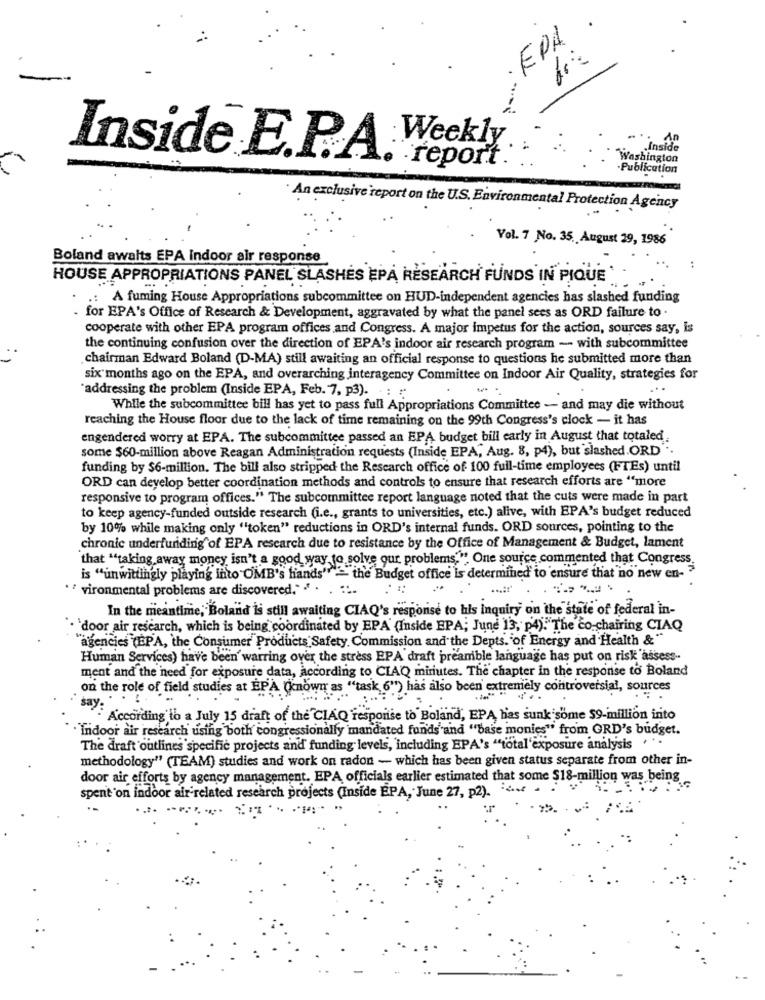
·EPA
-.-
Weekly
A
Inside EPA.
Inside
Washington
. report:
Publication
An exclusive report on the U.S. Environmental Protection Agency
Vol. 7 No. 35. August 29, 1986
Boland awaits EPA indoor air response
:
HOUSE APPROPRIATIONS PANEL SLASHÉS EPA RESEARCH FUNDS IN PIQUE
.: A fuming House Appropriations subcommittee on HUD-independent agencies has slashed funding
. for EPA's Office of Research & Development, aggravated by what the panel sees as ORD failure to .
cooperate with other EPA program offices and Congress. A major impetus for the action, sources say, is
the continuing confusion over the direction of EPA's indoor air research program - with subcommittee
chairman Edward Boland (D-MA) still awaiting an official response to questions he submitted more than
six months ago on the EPA, and overarching interagency Committee on Indoor Air Quality, strategies for
"addressing the problem (Inside EPA, Feb. 7, p3). :
-
While the subcommittee bill has yet to pass full Appropriations Committee - and may die without
reaching the House floor due to the lack of time remaining on the 99th Congress's clock - it has
engendered worry at EPA. The subcommittee passed an EPA budget bill early in August that totaled
some $60-million above Reagan Administration requests (Inside EPA, Aug. 8, p4), but slashed.ORD" ..
funding by $6-million. The bill also stripped the Research office of 100 full-time employees (FTEs) until
ORD can develop better coordination methods and controls to ensure that research efforts are "more
responsive to program offices." The subcommittee report language noted that the cuts were made in part
to keep agency-funded outside research (i.e ., grants to universities, etc.) alive, with EPA's budget reduced
by 10% while making only "token" reductions in ORD's internal funds. ORD sources, pointing to the
chronic underfuriding of EPA research due to resistance by the Office of Management & Budget, lament
that "taking away money isn't a good way to solve our problems." One source commented that Congress
is "unwittingly playing into OMB's hands""> the Budget office is determined to ensure that no new en- "
. " vironmental problems are discovered." " .
In the meantime, Boland is still awaiting CIAQ's response to his inquiry on the state of federal in-
· `door air research, which is being coordinated by EPA' (Inside EPA; June 13, p4)."The co-chairing CIAQ
agencies (EPA, the Consumer Products Safety Commission and the Depts. of Energy and Health &"
Human Services) have been warring over the stress EPA draft preamble language has put on risk assess-
ment and the need for exposure data, according to CIAQ miriutes. The chapter in the response to Boland
on the role of field studies at EPA (known as "task 6") has also been extremely controversial, sources
According to a July 15 draft of the CIAQ response to Boland, EPA has sunk some $9-million into
· Indoor air research using both congressionally mandated funds and "base monies" from GRD's budget.
The draft outlines specific projects and funding levels, including EPA's "total'exposure analysis " ".
methodology" (TEAM) studies and work on radon - which has been given status separate from other in-
door air efforts by agency management. EPA officials earlier estimated that some $18-million was being
spent on indoor air-related research projects (Inside EPA, June 27, p2). ...